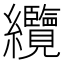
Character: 纜